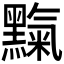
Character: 𪒉